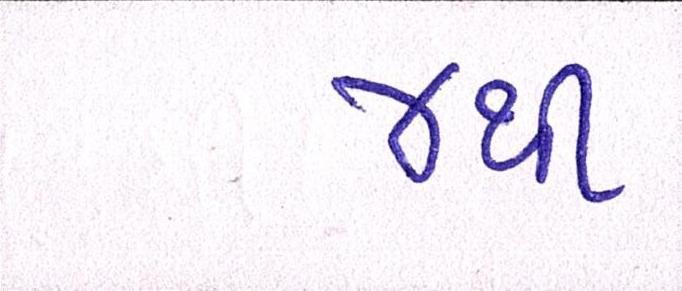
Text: ૪થી